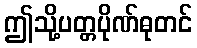
ဤသို့ပတ္တပိုဏ်ဓုတင်